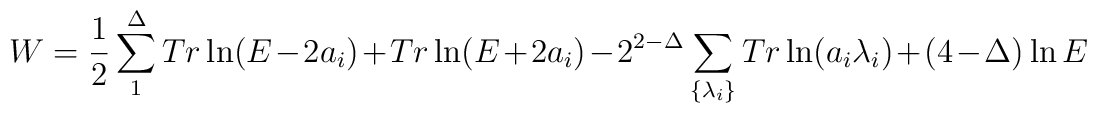
W= \frac{ 1}{2} \sum_1^\Delta Tr\ln (E-2a_i) + Tr\ln (E+2a_i)-2^{2-\Delta}\sum_{\{\lambda _i\}} Tr\ln (a_i \lambda _i) + (4-\Delta)\ln E